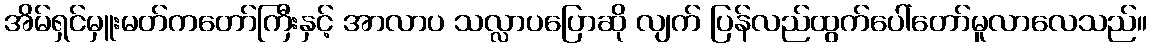
အိမ်ရှင်မှူးမတ်ကတော်ကြီးနှင့် အာလာပ သလ္လာပပြောဆို လျက် ပြန်လည်ထွက်ပေါ်တော်မူလာလေသည်။